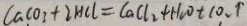
C a C O _ { 3 } + 2 H C l = C a C l _ { 2 } + H _ { 2 } O t C O _ { 2 } \uparrow